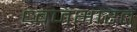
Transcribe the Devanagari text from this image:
ध्वजभारत